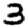
Digit: 3